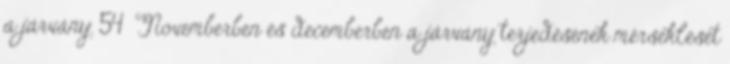
a járvány. 54 Novemberben és decemberben a járvány terjedésének mérséklését